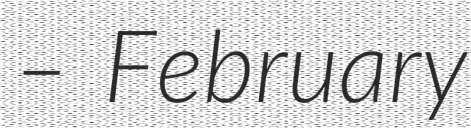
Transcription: – February